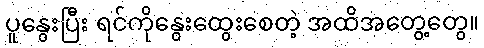
ပူနွေးပြီး ရင်ကိုနွေးထွေးစေတဲ့ အထိအတွေ့တွေ။